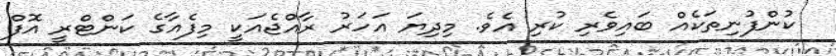
ކުންފުނިތަކެއް ބައިވެރި ކުރި އެވެ. މިދިޔަ އަހަރު ރާއްޖެއަކީ މިފެއާގެ ކަންޓްރީ އޮފް